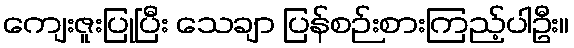
ကျေးဇူးပြုပြီး သေချာ ပြန်စဉ်းစားကြည့်ပါဦး။